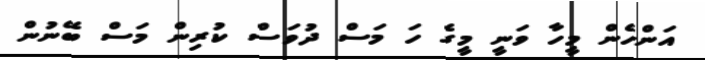
އަންހެން މީހާ ވަނީ މީގެ ހަ މަސް ދުވަސް ކުރިން މަސް ބޭނުން